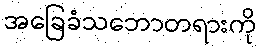
အခြေခံသဘောတရားကို